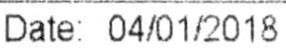
DATE: 04/01/2018